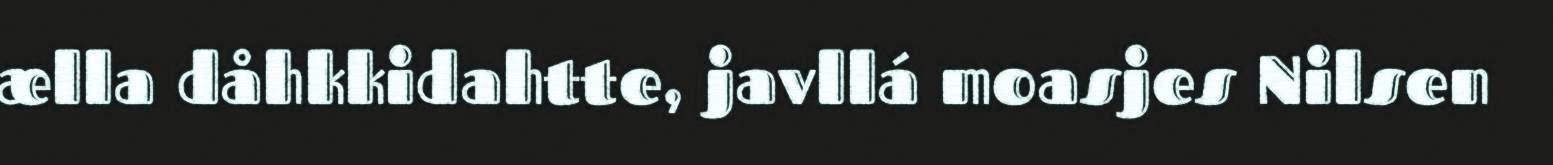
ælla dåhkkidahtte, javllá moasjes Nilsen